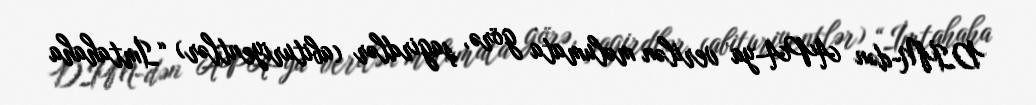
DİM-dən APA-ya verilən məlumata görə, şagirdlər (abituriyentlər) “İmtahaha